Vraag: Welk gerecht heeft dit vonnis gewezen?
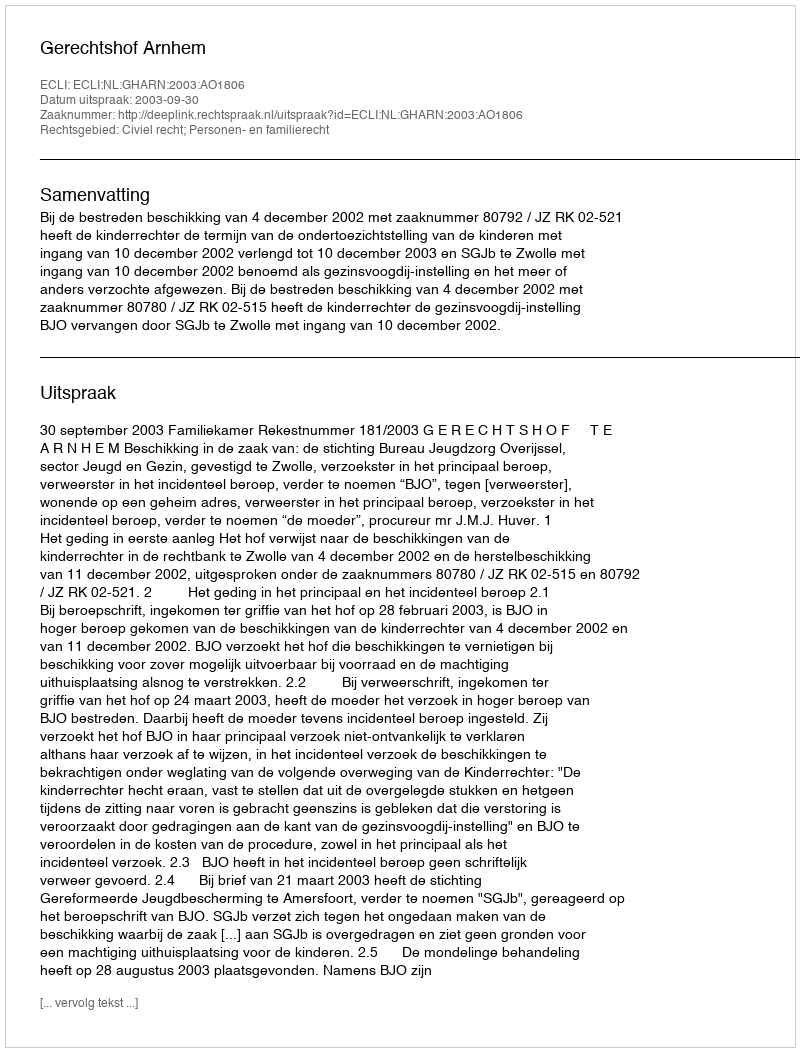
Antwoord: Gerechtshof Arnhem